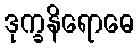
ဒုက္ခနိရောဓေ